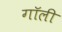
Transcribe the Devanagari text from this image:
गॉली